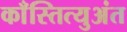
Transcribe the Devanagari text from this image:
काँस्तित्युअंत